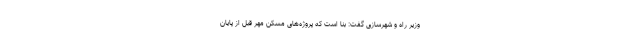
وزیر راه و شهرسازی گفت: بنا است که پروژه‌های مسکن مهر قبل از پایان